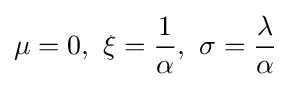
\mu =0,~\xi ={1 \over \alpha },~\sigma ={\lambda  \over \alpha }